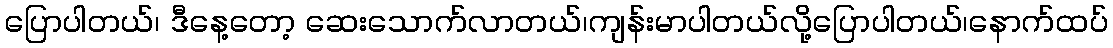
ပြောပါတယ်၊ ဒီနေ့တော့ ဆေးသောက်လာတယ်၊ကျန်းမာပါတယ်လို့ပြောပါတယ်၊နောက်ထပ်